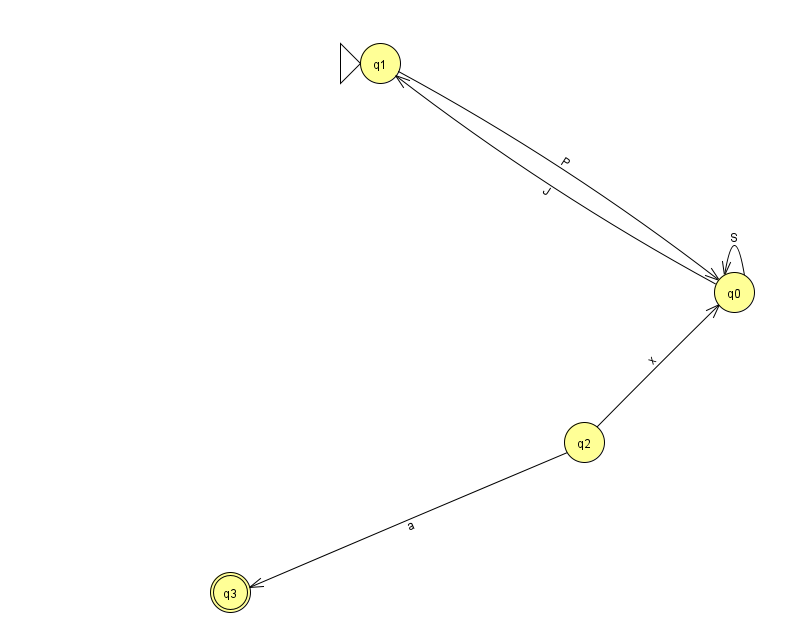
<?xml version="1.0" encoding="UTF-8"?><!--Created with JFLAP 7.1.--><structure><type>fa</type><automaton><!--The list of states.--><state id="0" name="q0"><x>734.0</x><y>279.0</y></state><state id="1" name="q1"><x>380.0</x><y>50.0</y><initial/></state><state id="2" name="q2"><x>584.0</x><y>429.0</y></state><state id="3" name="q3"><x>230.0</x><y>579.0</y><final/></state><!--The list of transitions.--><transition><from>2</from><to>0</to><read>x</read></transition><transition><from>0</from><to>0</to><read>S</read></transition><transition><from>0</from><to>1</to><read>J</read></transition><transition><from>2</from><to>3</to><read>a</read></transition><transition><from>1</from><to>0</to><read>P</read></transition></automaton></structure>